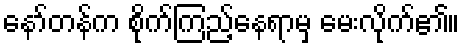
နော်တန်က စိုက်ကြည့်နေရာမှ မေးလိုက်၏။